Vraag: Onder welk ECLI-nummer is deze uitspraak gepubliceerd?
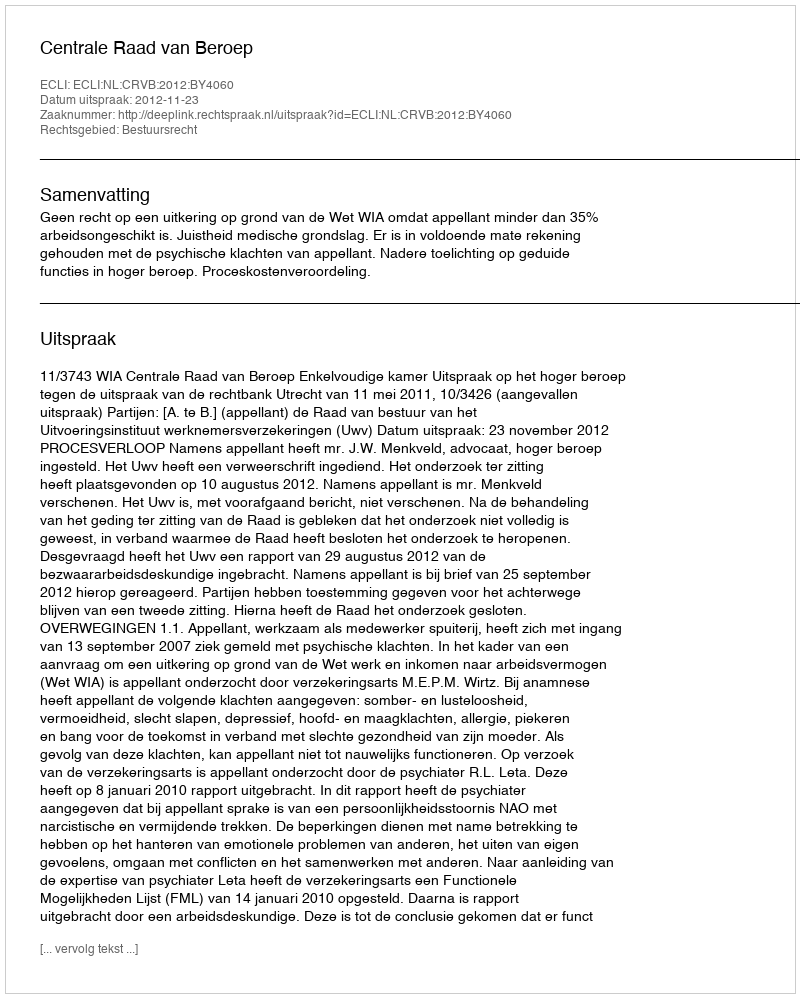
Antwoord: ECLI:NL:CRVB:2012:BY4060